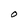
Character: O